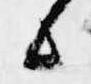
候